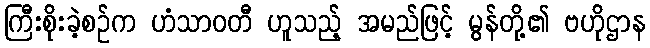
ကြီးစိုးခဲ့စဉ်က ဟံသာဝတီ ဟူသည့် အမည်ဖြင့် မွန်တို့၏ ဗဟိုဌာန